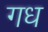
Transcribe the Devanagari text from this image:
गध